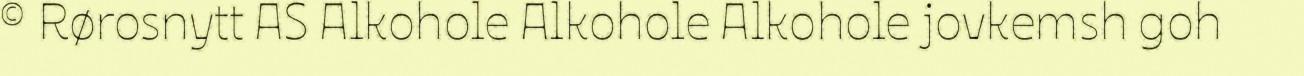
© Rørosnytt AS Alkohole Alkohole Alkohole jovkemsh goh